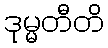
ဒုမ္မတီတိ